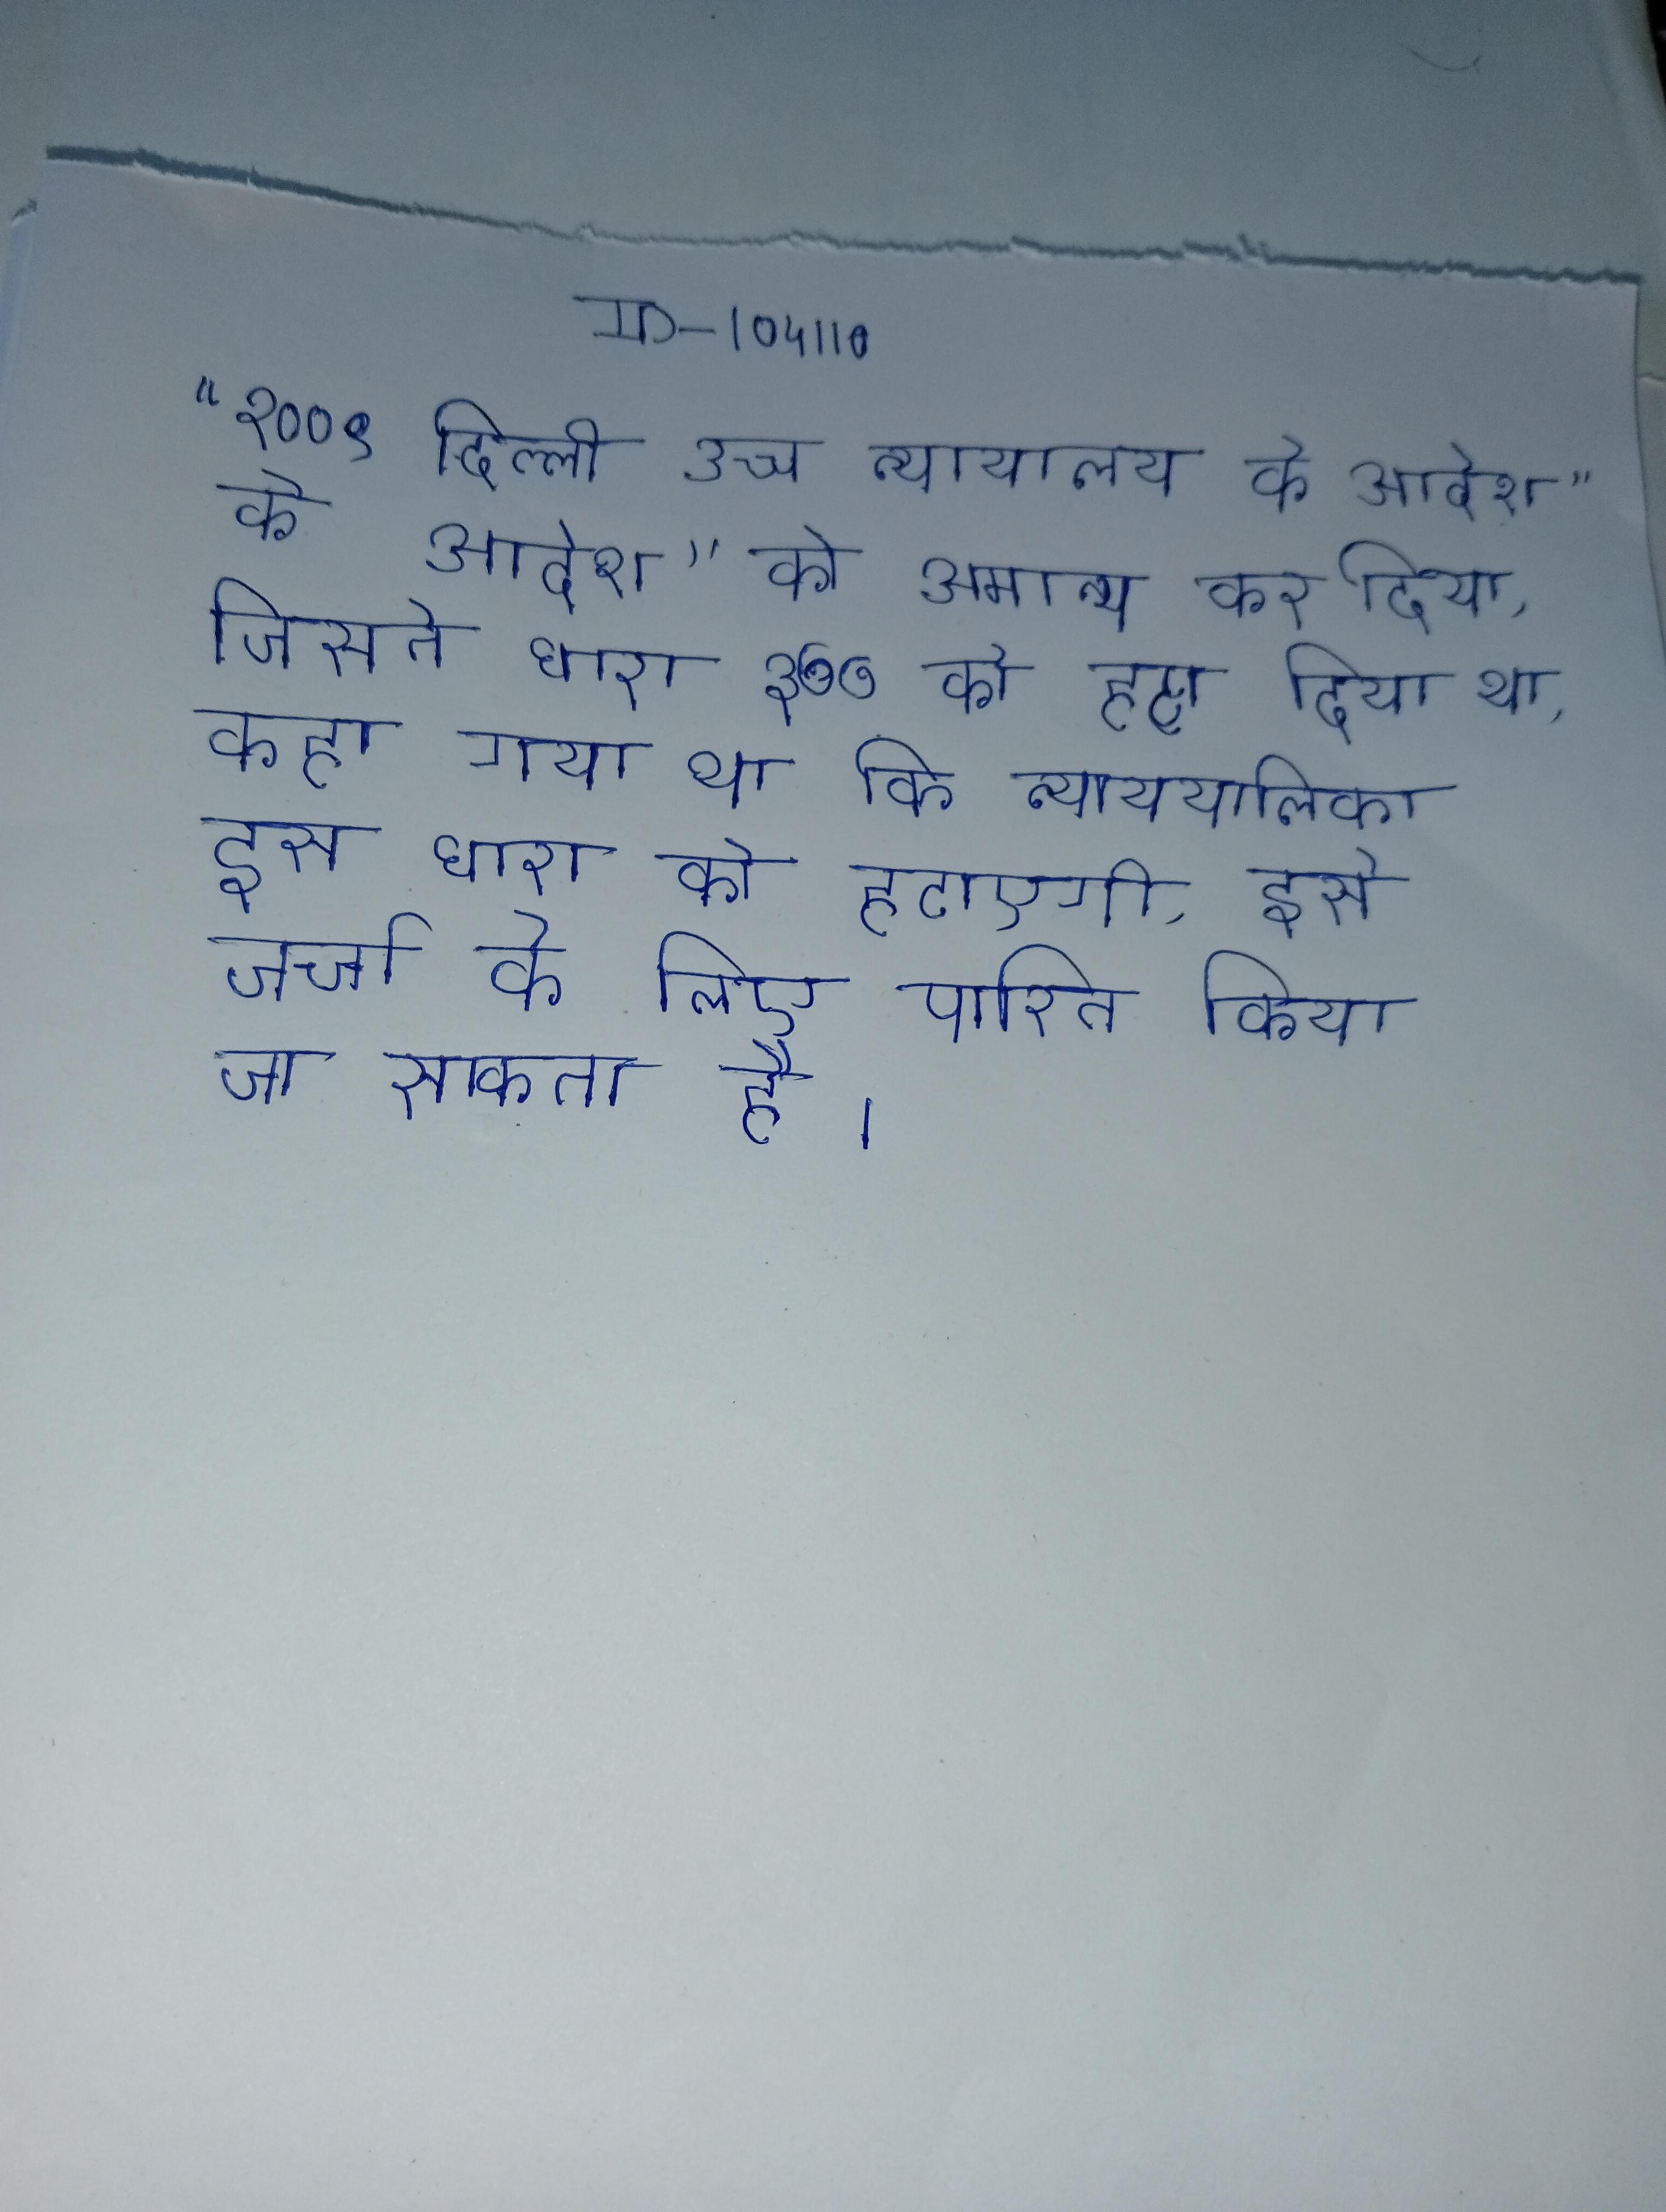
११ २०१३ को, सर्वोच्च न्यायालय ने "२००९ दिल्ली उच्च न्यायालय के आदेश" को अमान्य कर दिया, जिसने धारा ३७७ को हटा दिया था, कहा गया था कि न्यायपालिका इस धारा को हटाएगी, इसे चर्चा के लिए पारित किया जा सकता है ।